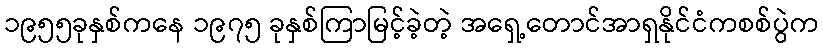
၁၉၅၅ခုနှစ်ကနေ ၁၉၇၅ ခုနှစ်ကြာမြင့်ခဲ့တဲ့ အရှေ့တောင်အာရှနိုင်ငံကစစ်ပွဲက